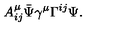
A _ { i j } ^ { \mu } \bar { \Psi } \gamma ^ { \mu } \Gamma ^ { i j } \Psi .